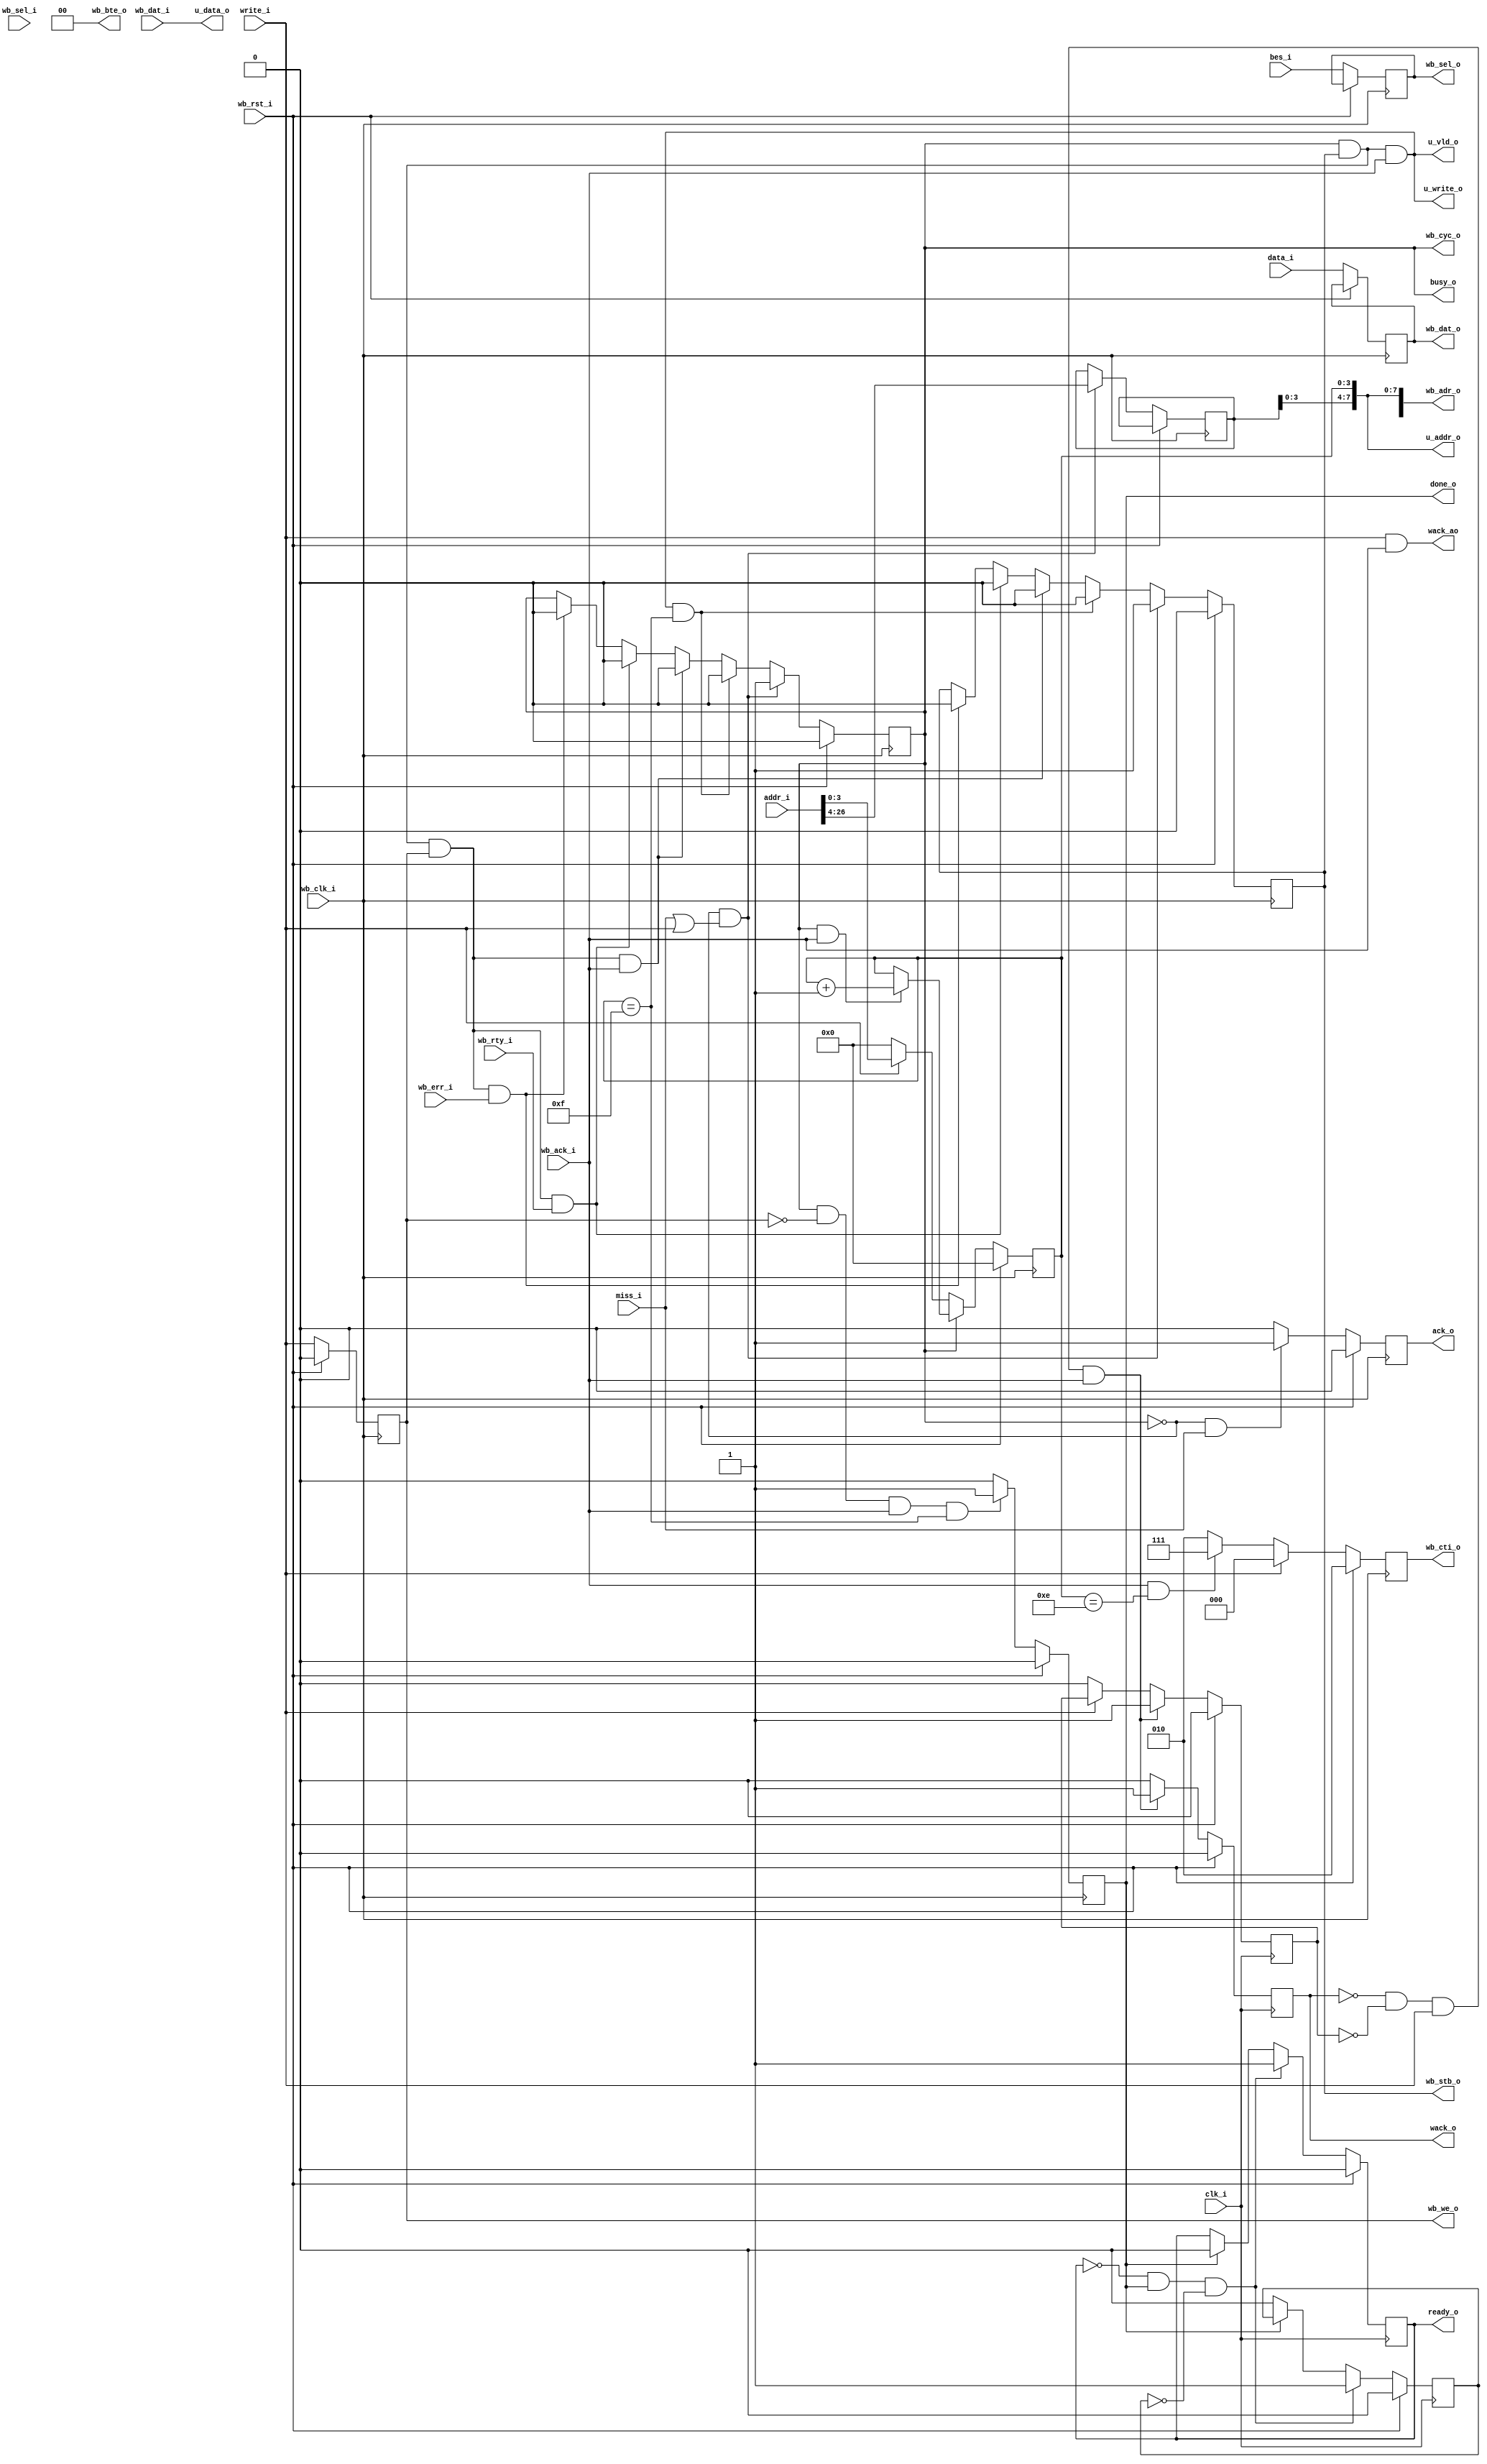
/***************************************************************************
 *                                                                         *
 *   fetch_wb.v - Fetches a cacheline from a memory connected by a         *
 *     Wishbone bus.                                                       *
 *                                                                         *
 *   Copyright (C) 2008 by Patrick Suggate                                 *
 *   patrick@physics.otago.ac.nz                                           *
 *                                                                         *
 *   This program is free software; you can redistribute it and/or modify  *
 *   it under the terms of the GNU General Public License as published by  *
 *   the Free Software Foundation; either version 2 of the License, or     *
 *   (at your option) any later version.                                   *
 *                                                                         *
 *   This program is distributed in the hope that it will be useful,       *
 *   but WITHOUT ANY WARRANTY; without even the implied warranty of        *
 *   MERCHANTABILITY or FITNESS FOR A PARTICULAR PURPOSE.  See the         *
 *   GNU General Public License for more details.                          *
 *                                                                         *
 *   You should have received a copy of the GNU General Public License     *
 *   along with this program; if not, write to the                         *
 *   Free Software Foundation, Inc.,                                       *
 *   59 Temple Place - Suite 330, Boston, MA  02111-1307, USA.             *
 ***************************************************************************/

`timescale 1ns/100ps
module fetch_wb #(
	parameter	WIDTH	= 32,
	parameter	ENABLES	= WIDTH / 8,
	parameter	ADDRESS	= 27,
	parameter	CNTBITS	= 4,
	parameter	CNTMAX	= (1<<CNTBITS) - 1,
	parameter	MSB	= WIDTH - 1,
	parameter	ASB	= ADDRESS - 1,
	parameter	TSB	= ASB - 8,
	parameter	ESB	= ENABLES - 1,
	parameter	CSB	= CNTBITS - 1
) (
	// Wishbone clock domain.
	input			wb_clk_i,
	input			wb_rst_i,
	output	reg		wb_cyc_o	= 0,
	output	reg		wb_stb_o	= 0,
	output	reg		wb_we_o		= 0,
	input			wb_ack_i,
	input			wb_rty_i,
	input			wb_err_i,
	output	reg	[2:0]	wb_cti_o	= 3'b010,
	output	reg	[1:0]	wb_bte_o	= 2'b00,
	output		[ASB:0]	wb_adr_o,
	input		[ESB:0]	wb_sel_i,
	input		[MSB:0]	wb_dat_i,
	output	reg	[ESB:0]	wb_sel_o,
	output	reg	[MSB:0]	wb_dat_o,
	
	// Sync. with WB clock, but can be many times faster.
	input		clk_i,
	input		write_i,	// Pass writes through from CPU domain
	output	reg	wack_o	= 0,
	output		wack_ao,
	input	[ESB:0]	bes_i,
	input	[MSB:0]	data_i,
	input		miss_i,
	output	reg	ack_o	= 0,	// Diff. domains, so sync needed
	output	reg	ready_o	= 0,	// NOTE: This is CPU domain
	output		done_o,		// NOTE: This is WB domain
	output		busy_o,
	input	[ASB:0]	addr_i,
	
	output		u_write_o,
	output		u_vld_o,
	output	[7:0]	u_addr_o,	// TODO: Parameterise
	output	[MSB:0]	u_data_o
);


reg	[CSB:0]	cnt	= 0;
reg	[ASB:CNTBITS]	wb_adr	= 0;
reg	wb_rdy	= 0;
reg	once	= 0;
reg	wack_1s	= 0;


assign	wb_adr_o	= {wb_adr [ASB:CNTBITS], cnt};
assign	busy_o		= wb_cyc_o;

assign	#2 u_write_o	= (wb_cyc_o && wb_stb_o && wb_ack_i);
assign	u_vld_o		= u_write_o;
assign	u_addr_o	= wb_adr_o [7:0];
assign	u_data_o	= wb_dat_i;	// TODO: `wb_sel' support.

assign	done_o		= wb_rdy;


always @(posedge wb_clk_i)
	if (wb_rst_i)			ack_o	<= #2 0;
	else if (!wb_cyc_o && miss_i)	ack_o	<= #2 1;
	else				ack_o	<= #2 0;


always @(posedge wb_clk_i)
	if (wb_rst_i) begin
		wb_cyc_o	<= #2 0;
		wb_stb_o	<= #2 0;
	end else
	if (!wb_cyc_o && (miss_i || write_i)) begin
		wb_cyc_o	<= #2 1;
		wb_stb_o	<= #2 1;
		wb_adr[ASB:CNTBITS]	<= #2 addr_i[ASB:CNTBITS];
	end else
	if (wb_cyc_o && wb_stb_o && wb_ack_i && cnt == CNTMAX) begin
		wb_cyc_o	<= #2 0;
		wb_stb_o	<= #2 0;
	end else
	if (wb_cyc_o && wb_stb_o && wb_we_o && wb_ack_i) begin
		wb_cyc_o	<= #2 0;
		wb_stb_o	<= #2 0;
	end else
	if (wb_cyc_o && wb_stb_o && wb_we_o && wb_rty_i) begin
		wb_cyc_o	<= #2 0;
		wb_stb_o	<= #2 0;
	end else
	if (wb_cyc_o && wb_stb_o && wb_we_o && wb_err_i) begin
		wb_cyc_o	<= #2 0;
		wb_stb_o	<= #2 0;
	end


always @(posedge wb_clk_i)
	if (wb_rst_i)	wb_we_o				<= #2 0;
	else		{wb_we_o, wb_sel_o, wb_dat_o}	<= #2 {write_i, bes_i, data_i};


always @(posedge wb_clk_i)
	if (wb_rst_i)
		wb_cti_o	<= #2 3'b010;
	else if (write_i)
		wb_cti_o	<= #2 3'b000;
	else if (wb_ack_i && cnt == CNTMAX - 1)
		wb_cti_o	<= #2 3'b111;
	else
		wb_cti_o	<= #2 3'b010;


always @(posedge wb_clk_i)
	if (wb_rst_i)
		cnt	<= #2 0;
	else if (!wb_cyc_o) begin
		if (write_i)	cnt	<= #2 addr_i[CNTBITS-1:0];
		else		cnt	<= #2 0;
	end else if (wb_cyc_o && wb_ack_i)
		cnt	<= #2 cnt + 1;


always @(posedge wb_clk_i)
	if (wb_rst_i)
		wb_rdy	<= #2 0;
	else if (wb_cyc_o && !wb_we_o && wb_ack_i && cnt == CNTMAX)
		wb_rdy	<= #2 1;
	else
		wb_rdy	<= #2 0;


always @(posedge clk_i)
	if (wb_rst_i)
		{once, ready_o}	<= #2 0;
	else if (!ready_o && wb_rdy && !once)
		{once, ready_o}	<= #2 2'b11;
	else if (!wb_rdy)
		once	<= #2 0;
	else
		ready_o	<= #2 0;


assign	#2 wack_ao	= write_i && wb_ack_i;	// Naughty, mixing 50 + 150 MHz sigs
always @(posedge clk_i)
	if (wb_rst_i)
		{wack_1s, wack_o}	<= #2 0;
	else if (!wack_o && !wack_1s && write_i && wb_ack_i) begin
		wack_o	<= #2 1;
		wack_1s	<= #2 1;
	end else begin
		if (!write_i)	wack_1s	<= #2 0;
		wack_o	<= #2 0;
	end

endmodule	// fetch_wb